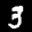
Label: 3